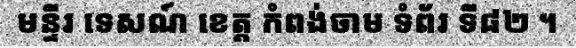
មន្ទីរ ទេសណ៍ ខេត្ត កំពង់ចាម ទំព័រ ទី៨២ ។